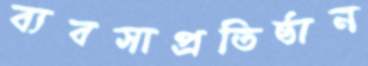
ব্যবসাপ্রতিষ্ঠান